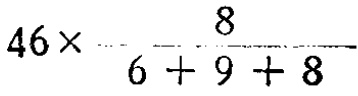
$46\times\frac{8}{6 + 9 + 8}$